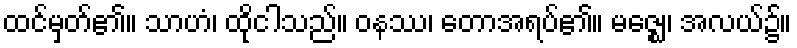
ထင်မှတ်၏။ သာဟံ၊ ထိုငါသည်။ ဝနဿ၊ တောအရပ်၏။ မဇ္ဈေ၊ အလယ်၌။